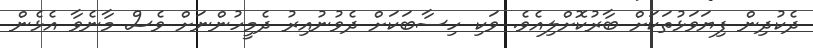
ދެކުދިން ފިޔަވަޅުތަކަށް ބާރުކޮށްލިއެވެ. ވަކި ހިސާބަކަށް ދެވުނުއިރު ދެމީހުންނަށް ވެސް މާނެވާ އެޅެން